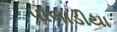
પોલાડીયા